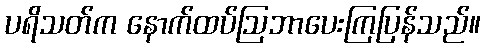
ပရိသတ်က နောက်ထပ်ဩဘာပေးကြပြန်သည်။